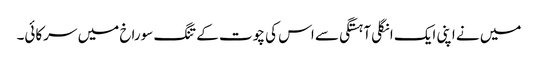
میں نے اپنی ایک انگلی آہستگی سے اس کی چوت کے تنگ سوراخ میں سرکائی۔